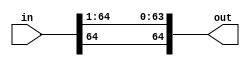
module shift_right(out, in);
    input [64:0] in;
    output [64:0] out;

    assign out[64] = in[64];
    assign out[63:0] = in[64:1];

endmodule